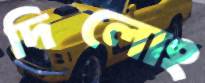
দিলোং